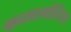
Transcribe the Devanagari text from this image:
कालामोतिया